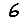
Digit: 6